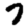
Digit: 7